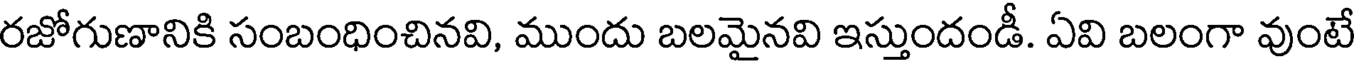
రజోగుణానికి సంబంధించినవి, ముందు బలమైనవి ఇస్తుందండీ. ఏవి బలంగా వుంటే